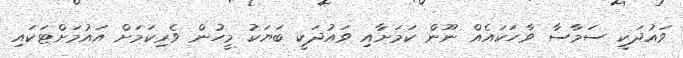
ވައުދަކީ ސަމާސާ ވާހަކައެއް ނޫން ކަމަށާއި ވައުދަކީ ބަޔަކު މީހުން ވެރިކަމަށް އައުމަށްޓަކައި